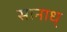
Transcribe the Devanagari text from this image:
सानाध्